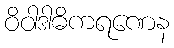
ဝိဝါဒါဓိကရဏေန